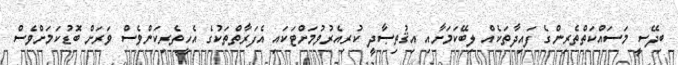
ބިދޭސީ މަސައްކަތްތެރިންގެ ފައިދާތަކެއް ލިބޭކަމަށާއި އިޤުތިޞާދީ ކުރިއެރުވުމަށްޓަކައި އެފަރާތްތަކުގެ އެހީތެރިކަންވެސް ވަރަށް ބޮޑުކަމަށްވެސް